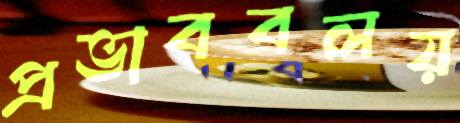
প্রভাববলয়